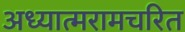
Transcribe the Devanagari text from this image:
अध्यात्मरामचरित